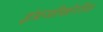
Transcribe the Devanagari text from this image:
इंग्रजीखेरीज